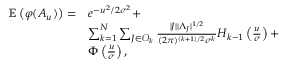
\begin{array} { r l } { \mathbb { E } \left( \varphi ( A _ { u } ) \right) = } & { e ^ { - { u ^ { 2 } / 2 \sigma ^ { 2 } } } + } \\ & { \sum _ { k = 1 } ^ { N } \sum _ { J \in \mathcal { O } _ { k } } \frac { | J | | \Lambda _ { J } | ^ { 1 / 2 } } { ( 2 \pi ) ^ { ( k + 1 ) / 2 } \sigma ^ { k } } H _ { k - 1 } \left( \frac { u } { \sigma } \right) + } \\ & { \Phi \left( \frac { u } { \sigma } \right) , } \end{array}